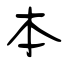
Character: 本